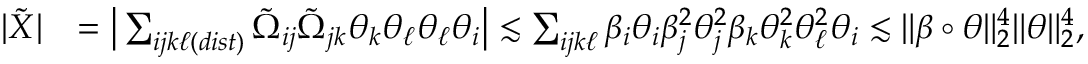
\begin{array} { r l } { | \tilde { X } | } & { = \big | \sum _ { i j k \ell ( d i s t ) } \tilde { \Omega } _ { i j } \tilde { \Omega } _ { j k } \theta _ { k } \theta _ { \ell } \theta _ { \ell } \theta _ { i } \big | \lesssim \sum _ { i j k \ell } \beta _ { i } \theta _ { i } \beta _ { j } ^ { 2 } \theta _ { j } ^ { 2 } \beta _ { k } \theta _ { k } ^ { 2 } \theta _ { \ell } ^ { 2 } \theta _ { i } \lesssim \| \beta \circ \theta \| _ { 2 } ^ { 4 } \| \theta \| _ { 2 } ^ { 4 } , } \end{array}